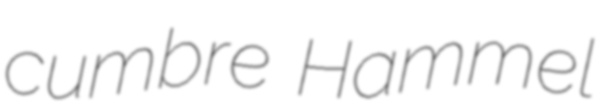
cumbre Hammel